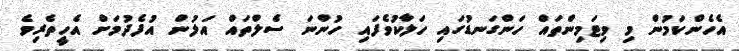
އެހެންކަމުން މި ވިޓަމިންތައް ހަންގަނޑުގައި ހަލާކުވެފައި ހުންނަ ސެލްތައް އަލުން އުފެދުމަށް އެހީތެރިވެ